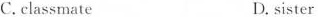
C. classmate D. sister